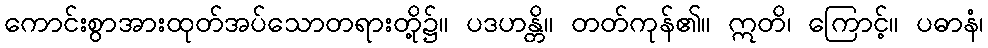
ကောင်းစွာအားထုတ်အပ်သောတရားတို့၌။ ပဒဟန္တိ။ တတ်ကုန်၏။ ဣတိ၊ ကြောင့်။ ပဓာနံ၊